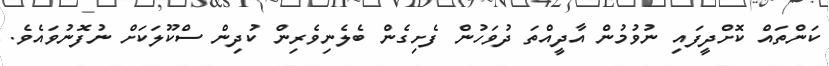
ކަންތައް ކޮށްދީފައި ނުވުމުން އާދީއްތަ ދުވަހުން ފެށިގެން ބެލެނިވެރިން ކުދިން ސްކޫލަކަށް ނުފޮނުވައެވެ.